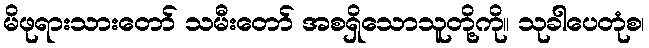
မိဖုရားသားတော် သမီးတော် အစရှိသောသူတို့ကို။ သုခါပေတုံစ၊